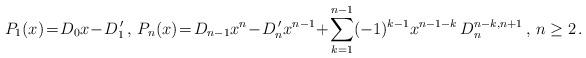
LaTeX: \begin{align*}P_1(x)\! =\! D_{0} x\! -\! D_1^{\,\prime} \, , \, P_n(x)\! = \! D_{n-1} x^{n}\! -\! D_n^{\,\prime} x^{n-1}\! +\! \sum\limits_{k=1}^{n-1} (-1)^{k-1} x^{n-1-k} \, D_{n}^{n-k, n+1} \, , \, n \geq 2 \, .\end{align*}